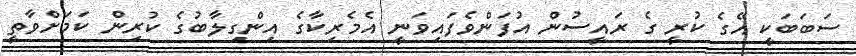
ސަބަބަކީ އޭގެ ކުރީ ގެ ރައީސުން އުފަންވެފައިވަނީ އެމެރިކާގެ އިންގިލާބުގެ ކުރިން ކަމަށްވާތީ